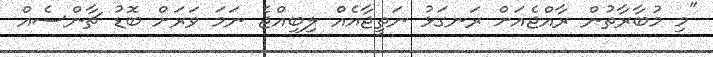
"މި މުބާރާތުން ރާއްޖެއަށް ރަނގަޅު ނަތީޖާއެއް ލިބިއްޖެ ނަމަ ވަރަށް ބޮޑު ޗާންސެއް